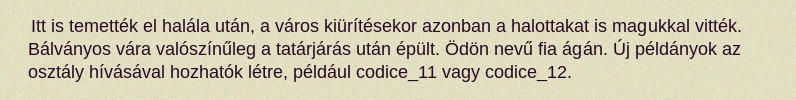
Itt is temették el halála után, a város kiürítésekor azonban a halottakat is magukkal vitték. Bálványos vára valószínűleg a tatárjárás után épült. Ödön nevű fia ágán. Új példányok az osztály hívásával hozhatók létre, például codice_11 vagy codice_12.